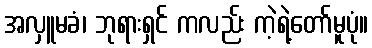
အလှူမခံ၊ ဘုရားရှင် ကလည်း ကဲ့ရဲ့တော်မူပုံ။